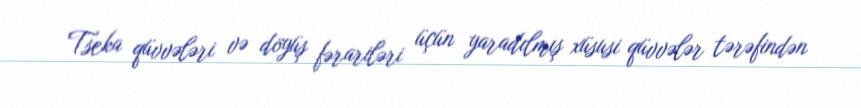
Tseka qüvvələri və döyüş fərariləri üçün yaradılmış xüsusi qüvvələr tərəfindən